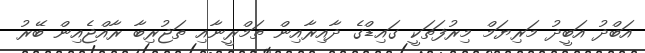
އަބްދު އަބީދު މަރިޔަމް މިރުފަތަކީ ގައިޑްގެ ދާއިރާއިން ތަމްރީނާއި ތަޖުރިބާ ރާއްޖެއިން ބޭރު